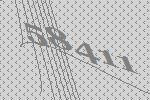
58411